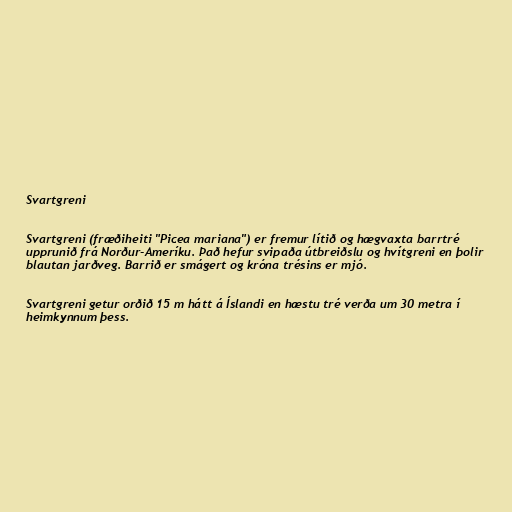
Svartgreni

Svartgreni (fræðiheiti "Picea mariana") er fremur lítið og hægvaxta barrtré
upprunið frá Norður-Ameríku. Það hefur svipaða útbreiðslu og hvítgreni en þolir
blautan jarðveg. Barrið er smágert og króna trésins er mjó.

Svartgreni getur orðið 15 m hátt á Íslandi en hæstu tré verða um 30 metra í
heimkynnum þess.